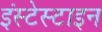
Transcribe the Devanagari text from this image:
इंस्टेस्टाइन